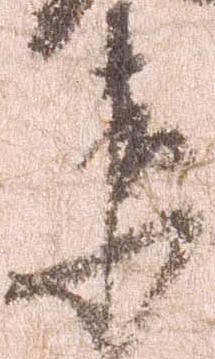
衛